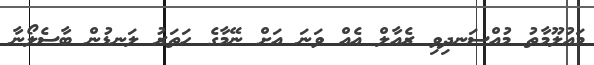
މައުލޫމާތު މުއްސަނދިވި ރެއާލް އެއް ވަނަ އަށް ނޭމާގެ ހަތަރު ލަނޑުން ބާސެލޯނާ